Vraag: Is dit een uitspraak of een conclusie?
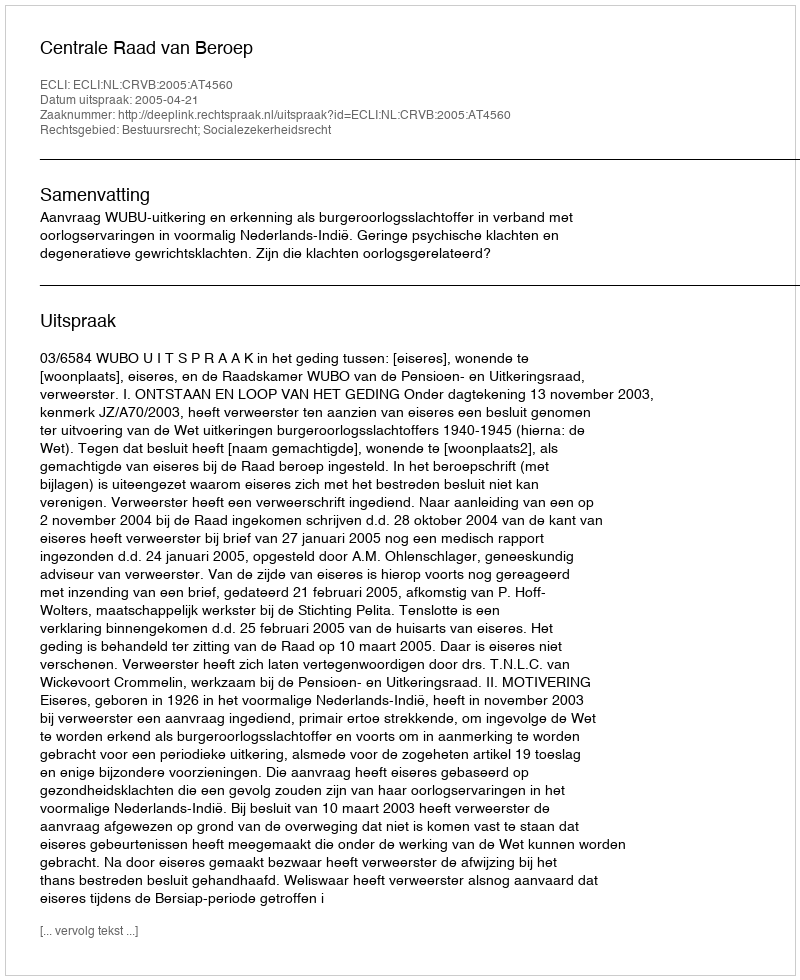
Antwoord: Uitspraak